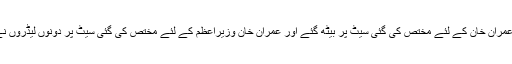
خبروں کے مطابق ’’وزیرِاعظم نواز شریف عمران خان کے لئے مُختص کی گئی سِیٹ پر بیٹھ گئے اور عمران خان وزیرِاعظم کے لئے مُختص کی گئی سِیٹ پر دونوں لیڈروں نے دوستی پکّی کرنے کے لئے ایسا کِیا ہو گا۔